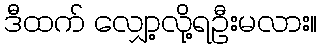
ဒီထက် လျှော့လို့ရဦးမလား။